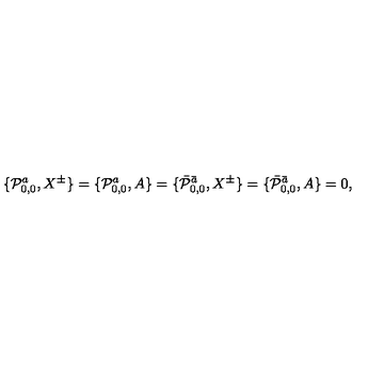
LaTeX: \{ { \cal P } _ { 0 , 0 } ^ { a } , X ^ { \pm } \} = \{ { \cal P } _ { 0 , 0 } ^ { a } , A \} = \{ \bar { { \cal P } } _ { 0 , 0 } ^ { \bar { a } } , X ^ { \pm } \} = \{ \bar { { \cal P } } _ { 0 , 0 } ^ { \bar { a } } , A \} = 0 ,